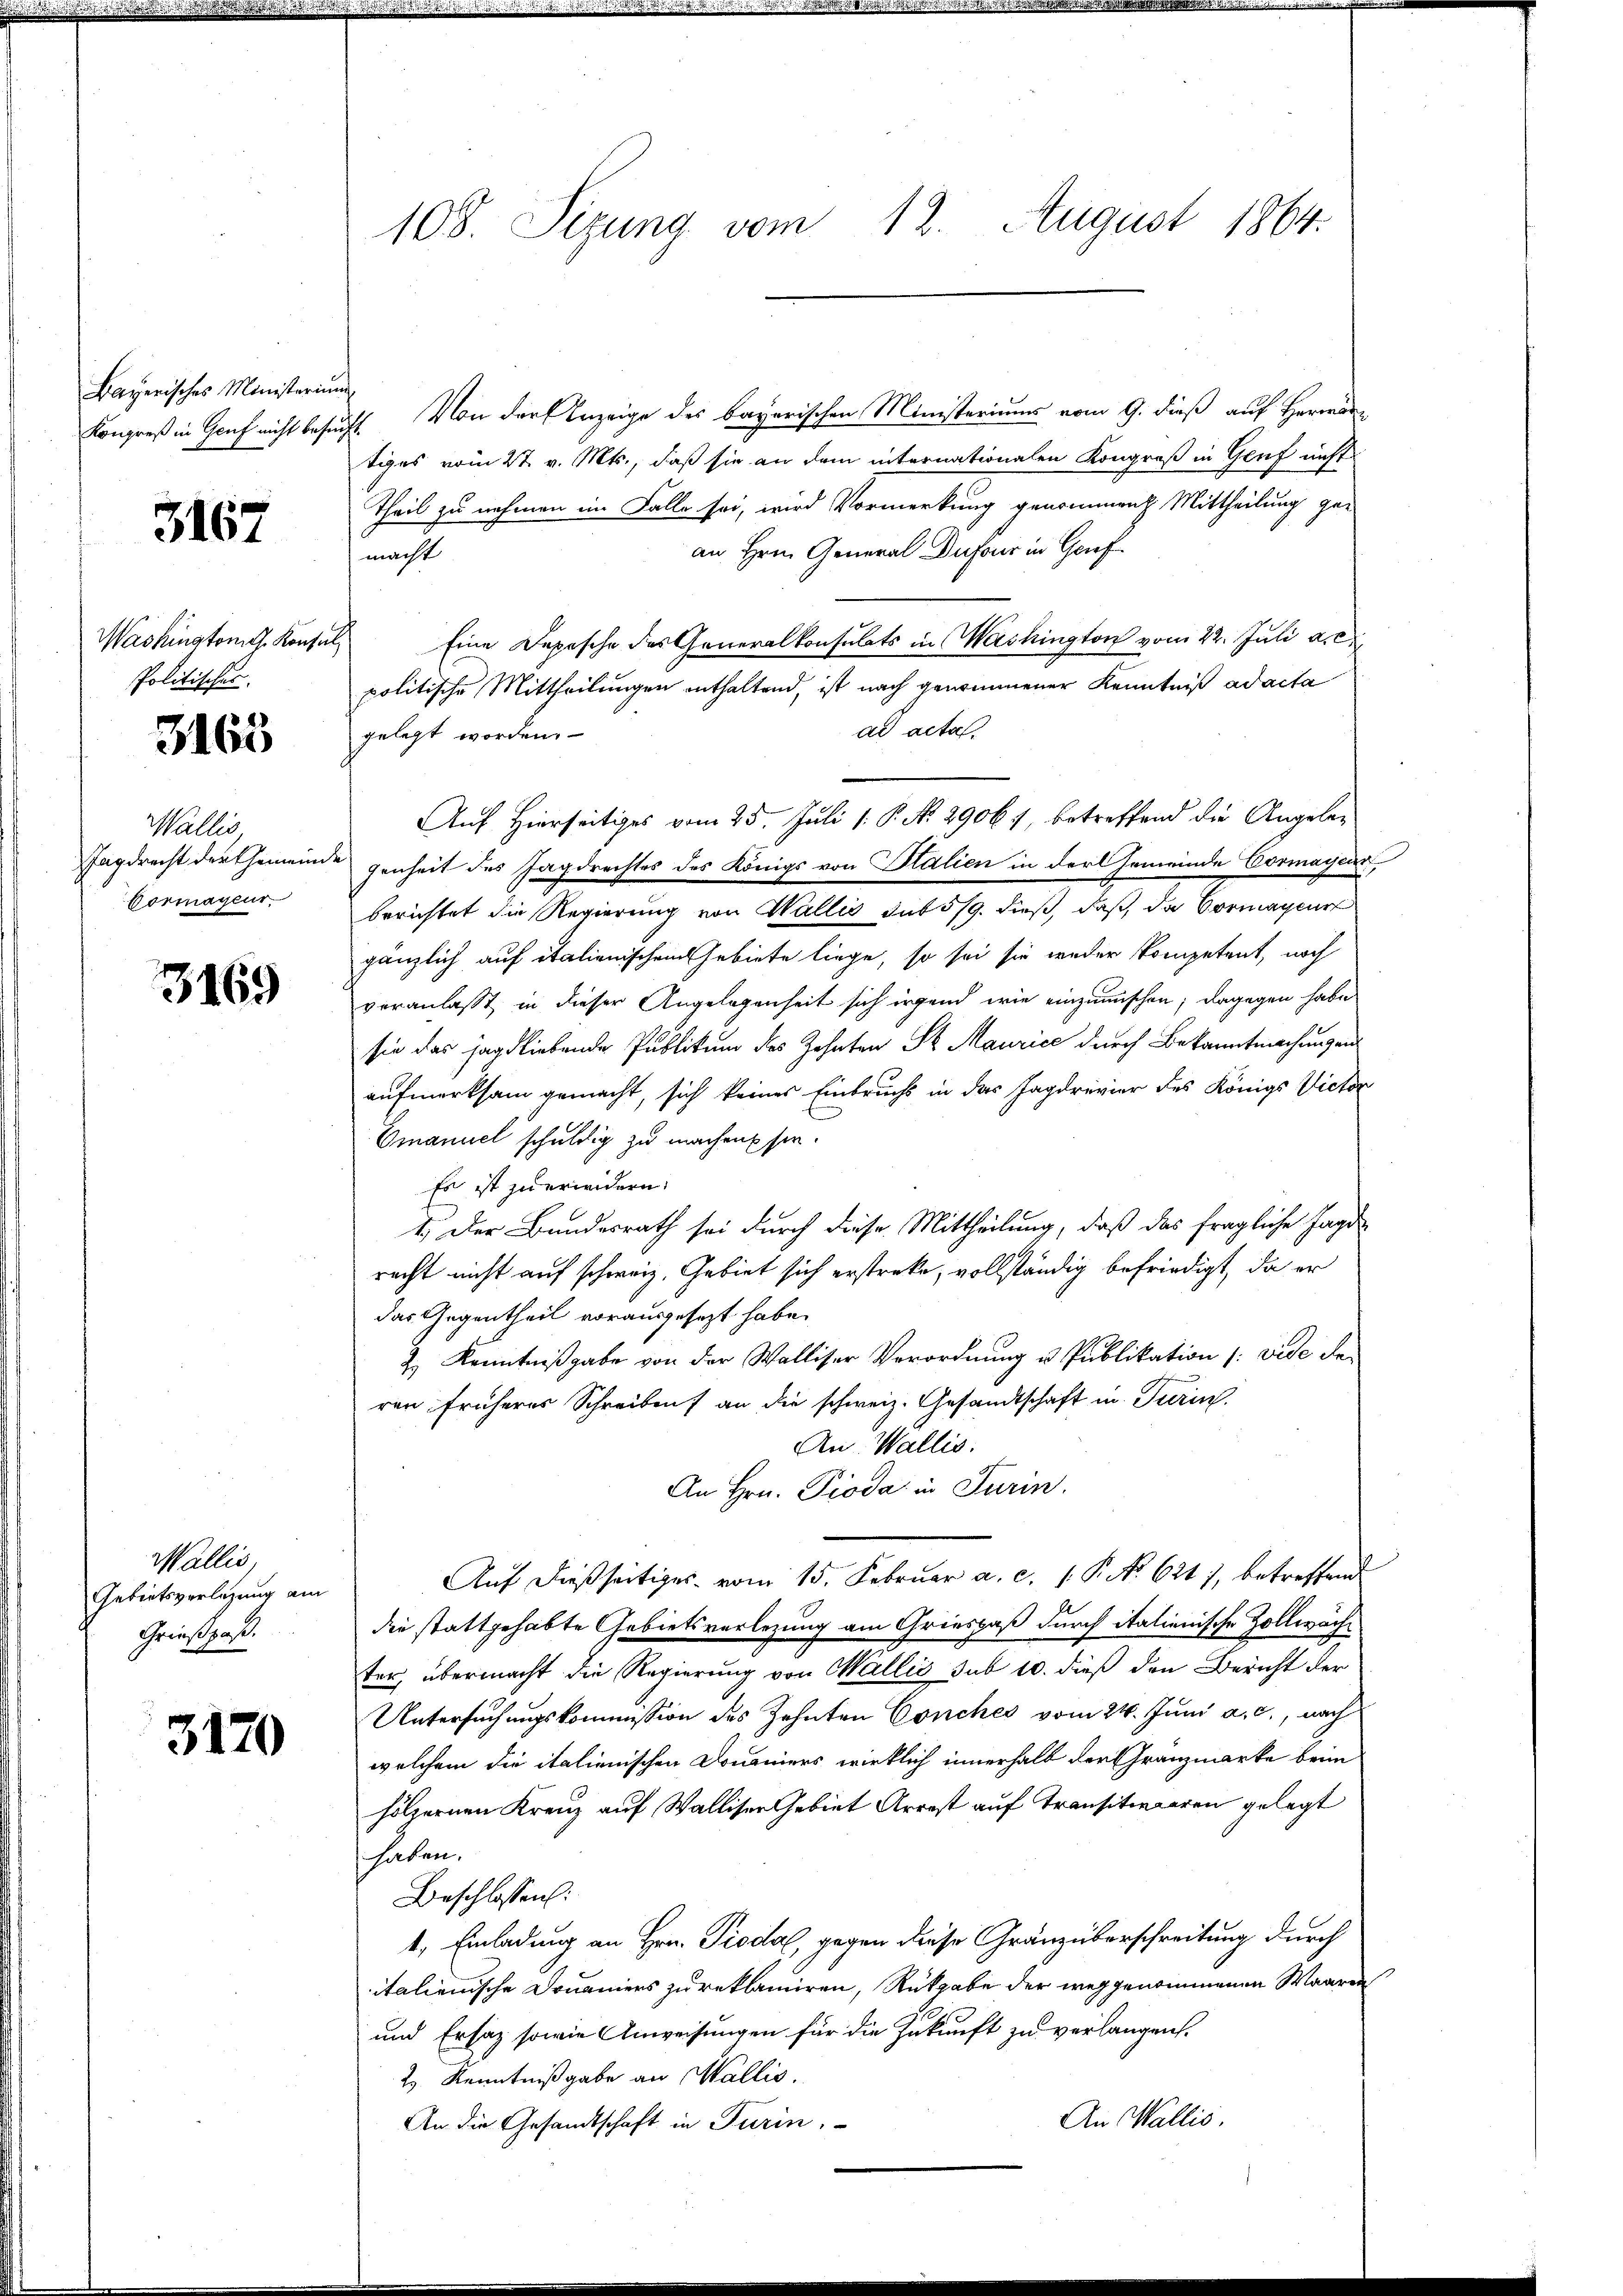
Bayerisches Ministerium

3167

Washingtont. Konsul
Politisches.
3163

Wallis,
Vormagens.

3169

Wallis
Gebietsverlesung am
Grießpaß.

3170

108. Sizung vom 12. August 1864.

Kongreß in Genf nicht besucht. Von der Anzeige des bayerischen Ministeriums vom 9. dieß auf Herr
tiges vom 27. v. Mts., daß sie an dem internationalen Kongreß in Genf nicht
Theil zu nehmen im Falle sei, wird Vormerkung genommen Mittheilung ge-
an Hrn. General Dufour in Gruf
macht
Eine Depesche des Generalkonsulats in Washington vom 22. Juli a.c.
politische Mittheilungen enthaltend, ist nach genommener Kenntniß ad acta
ad acta.
gelegt worden.
Tagdrecht der Gemeinde genheit des Jagdrechtes des Königs von Stalien in der Gemeinde Cormayern,
berichtet die Regierung von Wallis auf 5/9. dieß, daß da Cormageur
gänzlich auf italienischen Gebiete liege, so sei sie weder Kompetent, noch
veranlaßt, in dieser Angelegenheit sich irgend wie einzumischen; dagegen habe
sie das jagdliebende Publikum des Zehnten St. Maurice durch Bekanntmachungen
aufmerksam gemacht, sich keines Einbruchs in das Jagdrevier des Königs Victor
Emanuel schuldig zu machen sie.
Es ist zu erwidern.
1.) Der Bundesrath sei durch diese Mittheilung, daß das fragliche Jagd
recht nicht auf schweiz. Gebiet sich erstreke, vollständig befriedigt, da er
das Gegentheil vorausgesezt habe.
Z. Kenntnißgabe von der Walliser Verordnung u. Publikation (: vide der
ren früheres Schreiben an die schweiz. Gesandtschaft in Turin
An Wallis.
An Hrn. Pioda in Turin.
Auf dießseitiges vom 15. Februar a. c. 1 P. No 621), betreffend
die stattgehabte Gebietsverlegung am Griespaß durch italienische Zollwäche
ter, übermacht die Regierung von Wallis sub 10. dieß den Bericht der
Untersuchungskommission des Zehnten Conches vom 24. Juni a. c., nach
welchem die italienischen Domaniers wirklich innerhalb der Gränzmarke beim
hölzernen Kreuz auf Walliser Gebiet Arrest auf Transitwaaren gelegt
haben.
Beschlossen:
1. Einladung an Hrn. Pioda, gegen diese Gränzüberschreitung durch
italienische Douaners zu reklamiren, Rückgabe der weggenommenen Waaren
und Ersatz sowie Anweisungen für die Zukunft zu verlangen.
2 Kenntnißgabe an Wallis.
An Wallis.
An die Gesandtschaft in Turin.

Auf Hierseitiges vom 25. Juli 1: P. No. 29061, betreffend die Angele¬